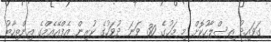
ގަވައިދު އިސްލާހުކޮށް މި މަހުގެ 30 ވަނަ ދުވަހުގެ ކުރިން އެފްއޭއެމްގެ އިންތިހާބު